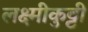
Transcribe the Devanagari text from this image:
लक्ष्मीकुट्टी